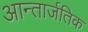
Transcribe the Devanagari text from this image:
आन्तार्जतिक